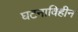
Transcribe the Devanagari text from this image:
घटनाविहीन